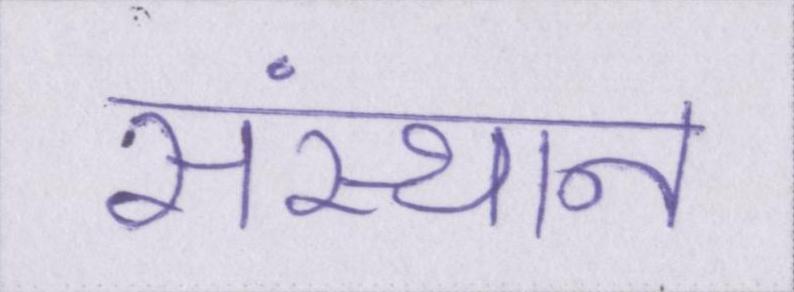
संस्थान